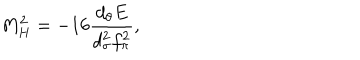
M _ { H } ^ { 2 } = - 1 6 \frac { d _ { \theta } E } { d _ { \sigma } ^ { 2 } f _ { \pi } ^ { 2 } } ,